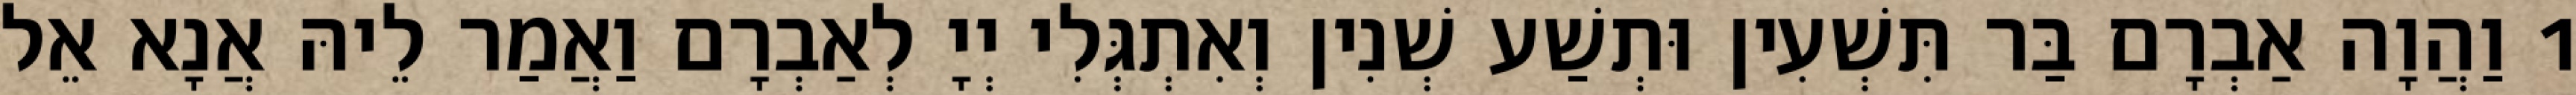
1 וַהֲוָה אַבְרָם בַּר תִּשְׁעִין וּתְשַׁע שְׁנִין וְאִתְגְּלִי יְיָ לְאַבְרָם וַאֲמַר לֵיהּ אֲנָא אֵל